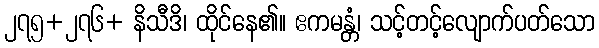
၂၇၅+၂၇၆+ နိသီဒိ၊ ထိုင်နေ၏။ ဧကမန္တံ၊ သင့်တင့်လျောက်ပတ်သော